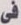
فى